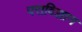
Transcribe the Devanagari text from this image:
पराविज्ञान